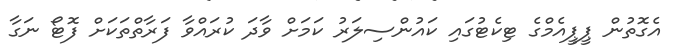
އެގޮތުން ޕީޕީއެމްގެ ޓިކެޓުގައި ކައުންސިލަރު ކަމަށް ވާދަ ކުރައްވާ ފަރާތްތަކަށް ފޮޓޯ ނަގާ